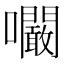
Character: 㘚